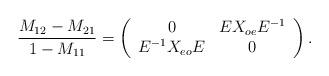
LaTeX: \begin{align*}{M_{12} - M_{21} \over 1 - M_{11}}= \left( \begin{array}{cc} 0 & E X_{oe} E^{-1} \\E^{-1} X_{eo} E & 0 \end{array}\right).\end{align*}